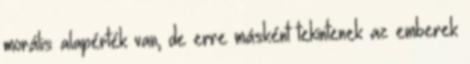
morális alapérték van, de erre másként tekintenek az emberek